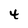
Character: 4